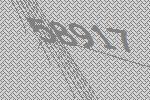
58917